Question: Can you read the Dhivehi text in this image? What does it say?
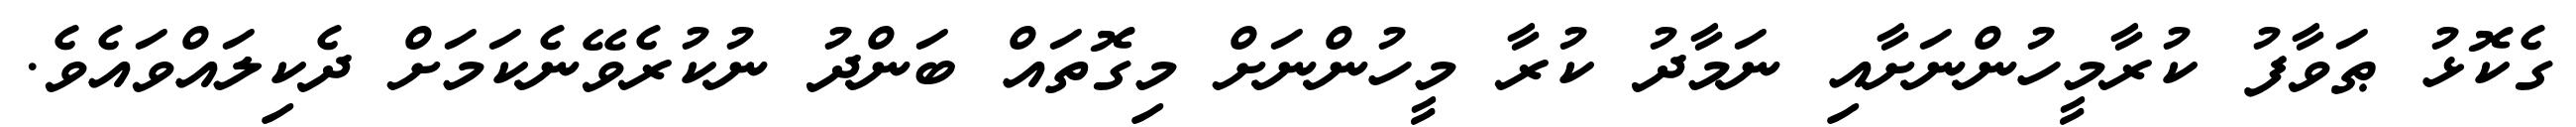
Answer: ގެކޮޅު ޠަވާފު ކުރާމީހުންނަށާއި ނަމާދު ކުރާ މީހުންނަށް މިގޮތައް ބަންދު ނުކުރެވޭނެކަމަށް ދެކިލައްވައެވެ.